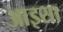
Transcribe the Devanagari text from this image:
आइसा